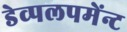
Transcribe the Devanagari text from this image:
डेव्पलपमेंन्ट